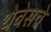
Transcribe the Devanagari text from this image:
थेबेसचे